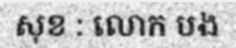
សុខ : លោក បង